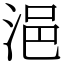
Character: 浥